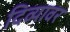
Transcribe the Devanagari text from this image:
दिव्यावर